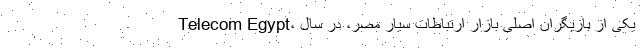
Telecom Egypt، یکی از بازیگران اصلی بازار ارتباطات سیار مصر، در سال